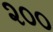
૨૦૦